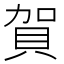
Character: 賀